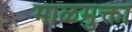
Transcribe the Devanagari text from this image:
माळमुक्ता